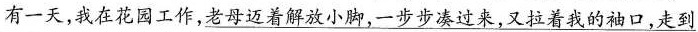
有一天，我在花园工作，\underline{老母迈着解放小脚，一步步凑过来，又拉着我的袖口，走到}